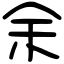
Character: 余